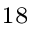
^ { 1 8 }